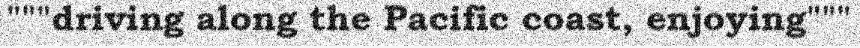
"""driving along the Pacific coast, enjoying"""